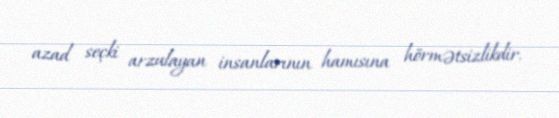
azad seçki arzulayan insanlarının hamısına hörmətsizlikdir.